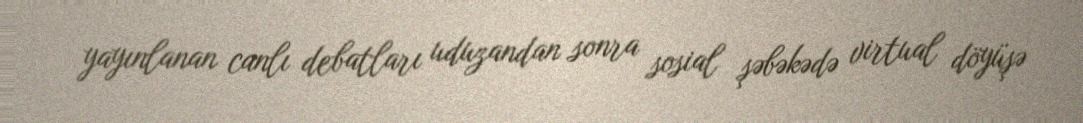
yayınlanan canlı debatları uduzandan sonra sosial şəbəkədə virtual döyüşə